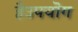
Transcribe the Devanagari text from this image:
हैउपयॊग